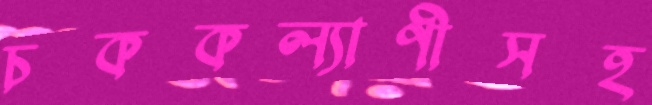
চককল্যাণীসহ